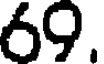
69.